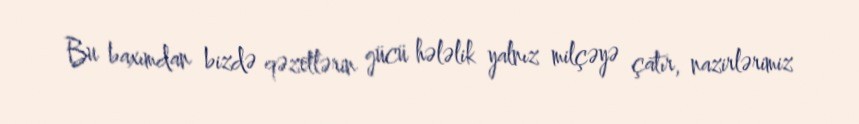
Bu baxımdan bizdə qəzetlərin gücü hələlik yalnız milçəyə çatır, nazirlərimiz